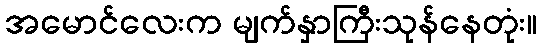
အမောင်လေးက မျက်နှာကြီးသုန်နေတုံး။